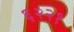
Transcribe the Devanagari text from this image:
६२२१